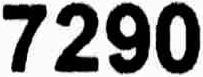
7290